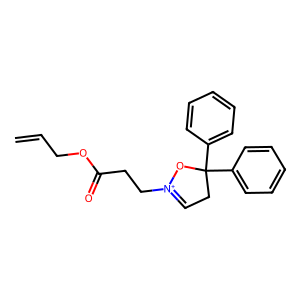
SMILES: C=CCOC(=O)CC[N+]1=CCC(c2ccccc2)(c2ccccc2)O1
Inhibits HIV replication: No